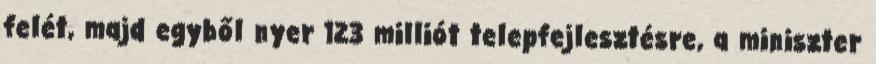
felét, majd egyből nyer 123 milliót telepfejlesztésre, a miniszter